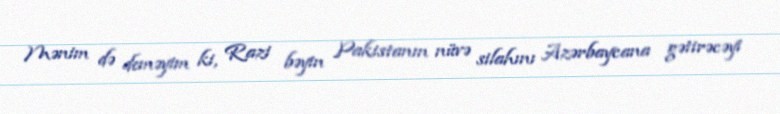
Mənim də deməyim ki, Razi bəyin Pakistanın nüvə silahını Azərbaycana gətirəcəyi